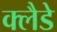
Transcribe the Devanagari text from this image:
क्लैडे